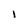
Character: l